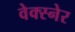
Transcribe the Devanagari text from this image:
वेक्स्नेर